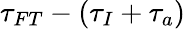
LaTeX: \tau_{FT}-(\tau_{I}+\tau_{a})